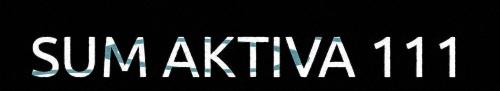
SUM AKTIVA 111